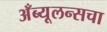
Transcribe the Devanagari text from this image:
अँब्यूलन्सचा